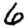
Digit: 6